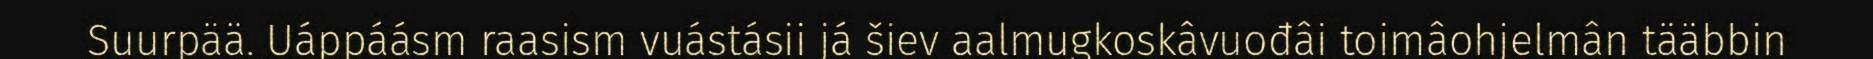
Suurpää. Uáppáásm raasism vuástásii já šiev aalmugkoskâvuođâi toimâohjelmân tääbbin